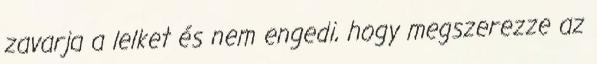
zavarja a lelket és nem engedi, hogy megszerezze az